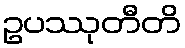
ဥပဿုတီတိ